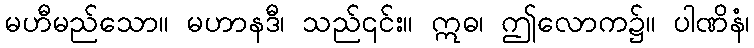
မဟီမည်သော။ မဟာနဒီ၊ သည်၎င်း။ ဣဓ၊ ဤလောက၌။ ပါဏိနံ၊